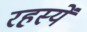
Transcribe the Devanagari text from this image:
रहस्यें